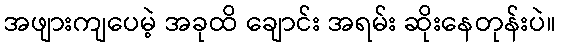
အဖျားကျပေမဲ့ အခုထိ ချောင်း အရမ်း ဆိုးနေတုန်းပဲ။